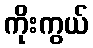
ကိုးကွယ်